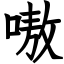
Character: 嗷